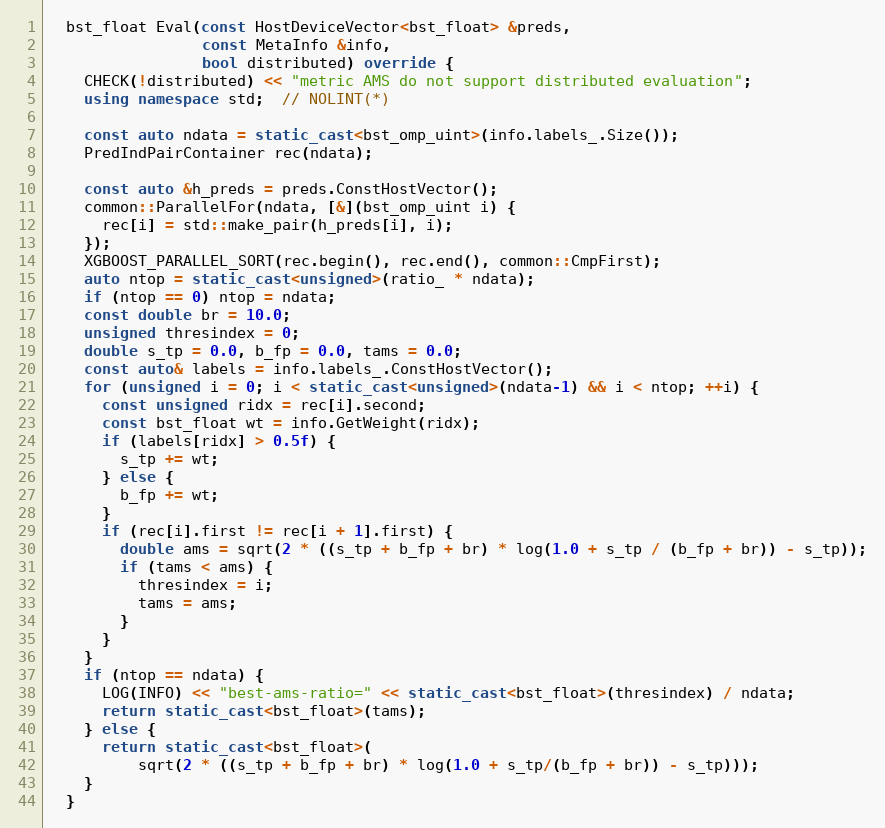
Language: C++
  bst_float Eval(const HostDeviceVector<bst_float> &preds,
                 const MetaInfo &info,
                 bool distributed) override {
    CHECK(!distributed) << "metric AMS do not support distributed evaluation";
    using namespace std;  // NOLINT(*)

    const auto ndata = static_cast<bst_omp_uint>(info.labels_.Size());
    PredIndPairContainer rec(ndata);

    const auto &h_preds = preds.ConstHostVector();
    common::ParallelFor(ndata, [&](bst_omp_uint i) {
      rec[i] = std::make_pair(h_preds[i], i);
    });
    XGBOOST_PARALLEL_SORT(rec.begin(), rec.end(), common::CmpFirst);
    auto ntop = static_cast<unsigned>(ratio_ * ndata);
    if (ntop == 0) ntop = ndata;
    const double br = 10.0;
    unsigned thresindex = 0;
    double s_tp = 0.0, b_fp = 0.0, tams = 0.0;
    const auto& labels = info.labels_.ConstHostVector();
    for (unsigned i = 0; i < static_cast<unsigned>(ndata-1) && i < ntop; ++i) {
      const unsigned ridx = rec[i].second;
      const bst_float wt = info.GetWeight(ridx);
      if (labels[ridx] > 0.5f) {
        s_tp += wt;
      } else {
        b_fp += wt;
      }
      if (rec[i].first != rec[i + 1].first) {
        double ams = sqrt(2 * ((s_tp + b_fp + br) * log(1.0 + s_tp / (b_fp + br)) - s_tp));
        if (tams < ams) {
          thresindex = i;
          tams = ams;
        }
      }
    }
    if (ntop == ndata) {
      LOG(INFO) << "best-ams-ratio=" << static_cast<bst_float>(thresindex) / ndata;
      return static_cast<bst_float>(tams);
    } else {
      return static_cast<bst_float>(
          sqrt(2 * ((s_tp + b_fp + br) * log(1.0 + s_tp/(b_fp + br)) - s_tp)));
    }
  }